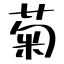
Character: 菊